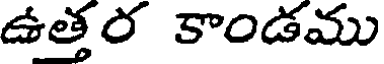
ఉత్తర కాండము